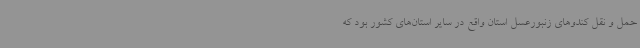
حمل و نقل کندوهای زنبورعسل استان واقع در سایر استان‌های کشور بود که